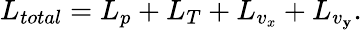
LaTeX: L_{total}=L_{p}+L_{T}+L_{v_{x}}+L_{v_{\mathbf{y}}}.